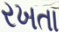
રખતા